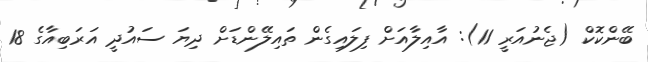
ބޭންކޮކް (ޖެނުއަރީ 11): އާއިލާއަށް ފިލައިގެން ތައިލޭންޑަށް ދިޔަ ސައުދީ އަރަބިއާގެ 18